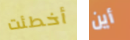
أخطئت أين